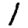
Digit: 1